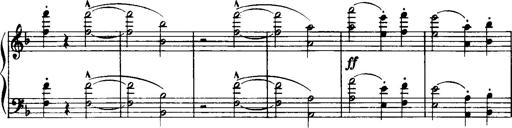
Title: Historische ungarische Bildnisse
Composer: Franz Liszt